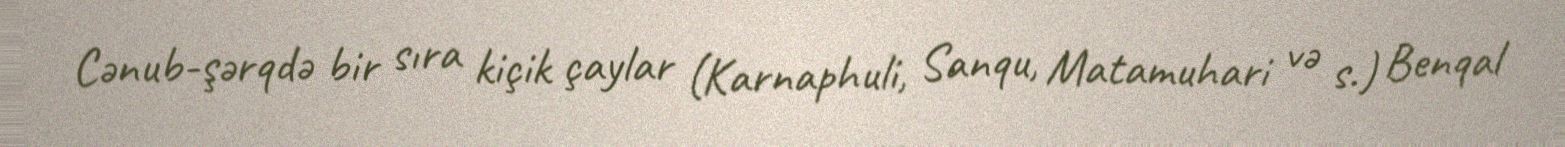
Cənub-şərqdə bir sıra kiçik çaylar (Karnaphuli, Sanqu, Matamuhari və s.) Benqal